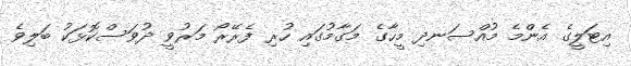
އިޓަލީގެ އެންމެ މުއްސަނދި މީހާގެ މަގާމުގައި ހުރި ފެރޭރޯ މަރުވީ ދުވަސްކޮޅަކު ބަލިވެ